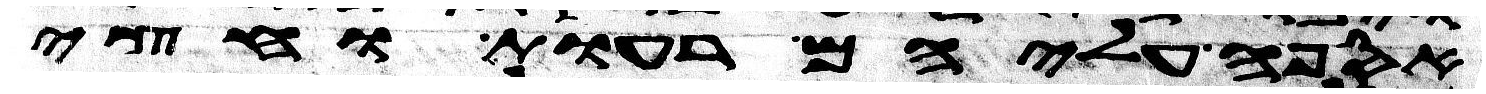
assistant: אספה עליהם רעות וחצי